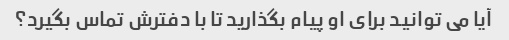
آیا می توانید برای او پیام بگذارید تا با دفترش تماس بگیرد؟